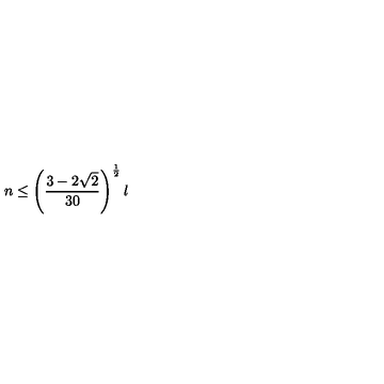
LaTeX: n \le \left( { \frac { 3 - 2 \sqrt { 2 } } { 3 0 } } \right) ^ { \frac { 1 } { 2 } } l